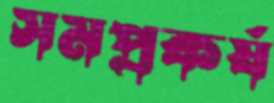
সমপ্রকর্ষ